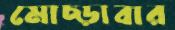
মোচ্‌ড়াবার